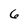
Character: 6